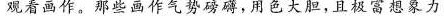
观看作品。那些西作气势磅礴，用色大胆，且极富想象力，